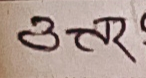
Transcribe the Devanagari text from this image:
उत्तर?